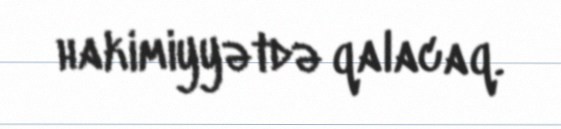
hakimiyyətdə qalacaq.